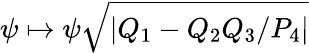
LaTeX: \psi\mapsto\psi\sqrt{|Q_{1}-Q_{2}Q_{3}/P_{4}|}